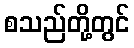
စသည်တို့တွင်